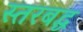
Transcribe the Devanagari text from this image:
स्तरबद्ध